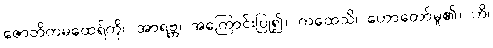
ဇောတိကမထေရ်ကို။ အာရဗ္ဘ၊ အကြောင်းပြု၍။ ကထေသိ၊ ဟောတော်မူ၏။ ဟိ၊